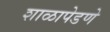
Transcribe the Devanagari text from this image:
शाळापेडणे